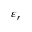
\varepsilon _ { r }